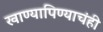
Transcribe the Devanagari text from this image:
खाण्यापिण्याचंही